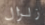
زلزال